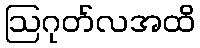
ဩဂုတ်လအထိ